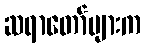
ဆရာတော်များက